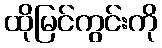
ထိုမြင်ကွင်းကို